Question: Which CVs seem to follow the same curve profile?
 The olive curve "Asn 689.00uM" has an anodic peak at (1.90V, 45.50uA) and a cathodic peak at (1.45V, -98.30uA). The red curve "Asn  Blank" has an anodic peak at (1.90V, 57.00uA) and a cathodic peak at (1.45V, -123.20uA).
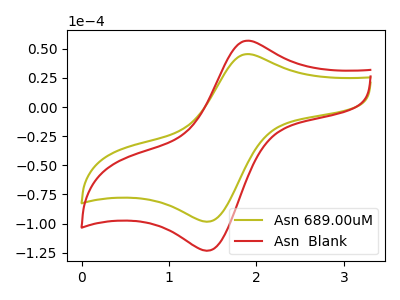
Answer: <think>All the peaks in "Asn 689.00uM" have a peak in "Asn  Blank" at the same potential. Every peak in "Asn 689.00uM" is lower than every peak in "Asn  Blank".
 </think>
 <answer>"Asn 689.00uM" and "Asn  Blank" have the same shape and are likely CV's of the same chemical.</answer>
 <eval>"Asn 689.00uM" "Asn  Blank"</eval>